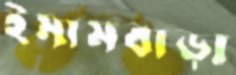
ইমামবাড়া